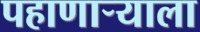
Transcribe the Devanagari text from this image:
पहाणार्‍याला